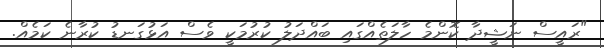
"ރައީސް ނަޝީދާ ކޮންމެ ހާލަތެއްގައި ބައްދަލު ކުރުމަކީ ވެސް އަޅުގަނޑު ކުރާނެ ކަމެއް.